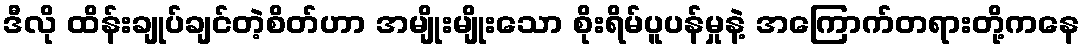
ဒီလို ထိန်းချုပ်ချင်တဲ့စိတ်ဟာ အမျိုးမျိုးသော စိုးရိမ်ပူပန်မှုနဲ့ အကြောက်တရားတို့ကနေ